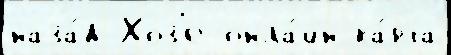
наза́д Хоз'е онла́йн ка́рта